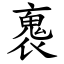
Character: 褢